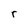
Character: r